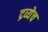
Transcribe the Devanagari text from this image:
द्रव्येच